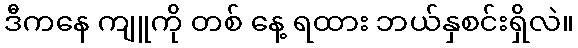
ဒီကနေ ကျူကို တစ် နေ့ ရထား ဘယ်နှစင်းရှိလဲ။